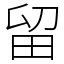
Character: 留